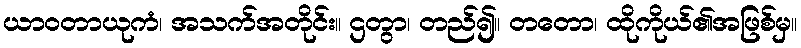
ယာဝတာယုကံ၊ အသက်အတိုင်း။ ဌတွာ၊ တည်၍။ တတော၊ ထိုကိုယ်၏အဖြစ်မှ။